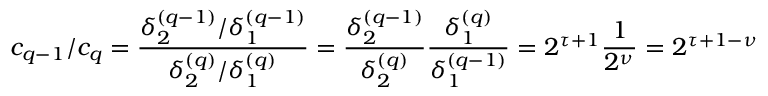
c _ { q - 1 } / c _ { q } = \frac { \delta _ { 2 } ^ { ( q - 1 ) } / \delta _ { 1 } ^ { ( q - 1 ) } } { \delta _ { 2 } ^ { ( q ) } / \delta _ { 1 } ^ { ( q ) } } = \frac { \delta _ { 2 } ^ { ( q - 1 ) } } { \delta _ { 2 } ^ { ( q ) } } \frac { \delta _ { 1 } ^ { ( q ) } } { \delta _ { 1 } ^ { ( q - 1 ) } } = 2 ^ { \tau + 1 } \frac { 1 } { 2 ^ { \nu } } = 2 ^ { \tau + 1 - \nu }